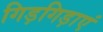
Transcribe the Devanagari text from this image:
गिड़गिड़ाएं